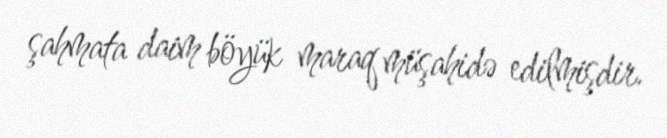
şahmata daim böyük maraq müşahidə edilmişdir.